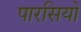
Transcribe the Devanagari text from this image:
पारसियो